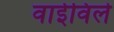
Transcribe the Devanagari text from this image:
वाईविले